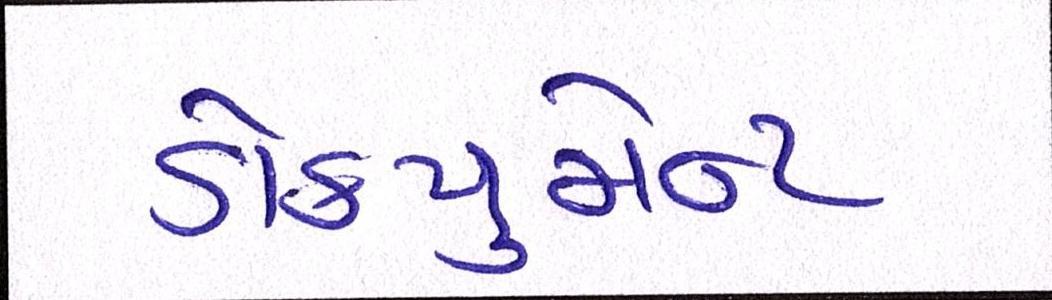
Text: ડોકયુમેન્ટ